Scottish Leaving Certificate Examination, 1956
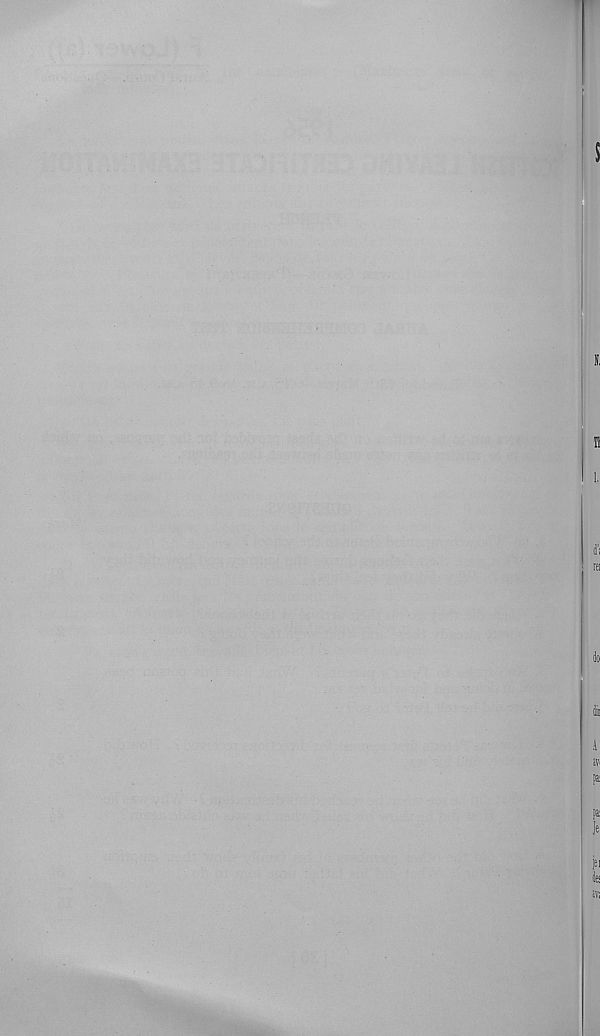
5
i,
n
i,
d;
; tffl
do
li
4
»
p
fa;
Je
jei
le
»;